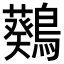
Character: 𪆴